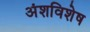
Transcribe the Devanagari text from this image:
अंशविशेष